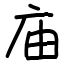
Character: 庙